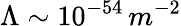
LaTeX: \Lambda\sim 10^{-54}\, m^{-2}